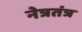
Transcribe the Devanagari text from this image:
नेत्रतंत्र